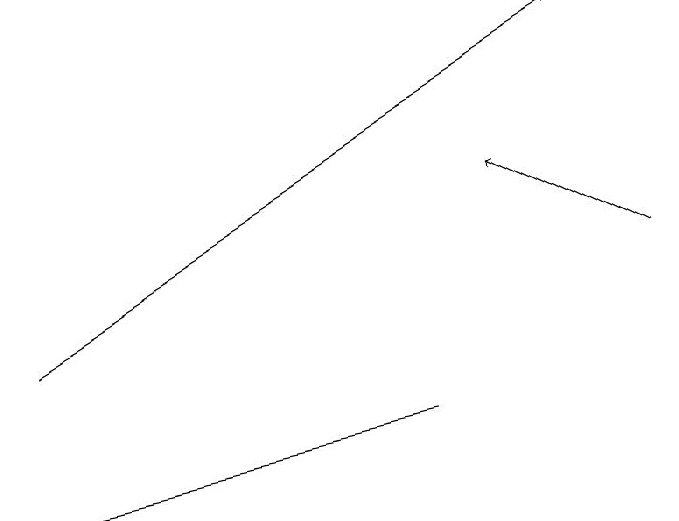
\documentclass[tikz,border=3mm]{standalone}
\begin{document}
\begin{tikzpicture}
\draw[->] (1,12) -- (8,16);
\draw[->] (6,11) -- (1,10);
\draw[->] (9,13) -- (7,14);
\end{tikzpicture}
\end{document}